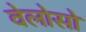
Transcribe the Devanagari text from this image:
वेलोसो